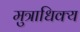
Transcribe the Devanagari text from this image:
मुत्राधिक्य